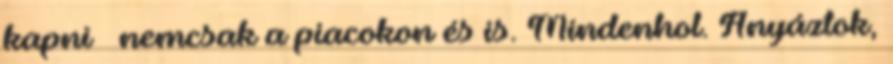
kapni – nemcsak a piacokon és is. Mindenhol. Anyáztok,